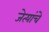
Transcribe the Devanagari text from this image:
जेत्यांचे